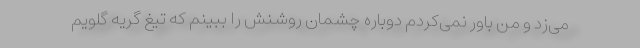
می‌زد و من باور نمی‌کردم دوباره چشمان روشنش را ببینم که تیغ گریه گلویم